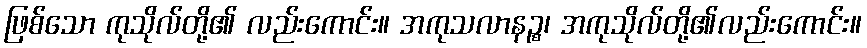
ဖြစ်သော ကုသိုလ်တို့၏ လည်းကောင်း။ အကုသလာနဉ္စ၊ အကုသိုလ်တို့၏လည်းကောင်း။